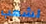
لشعب